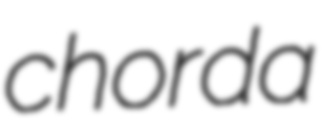
chorda